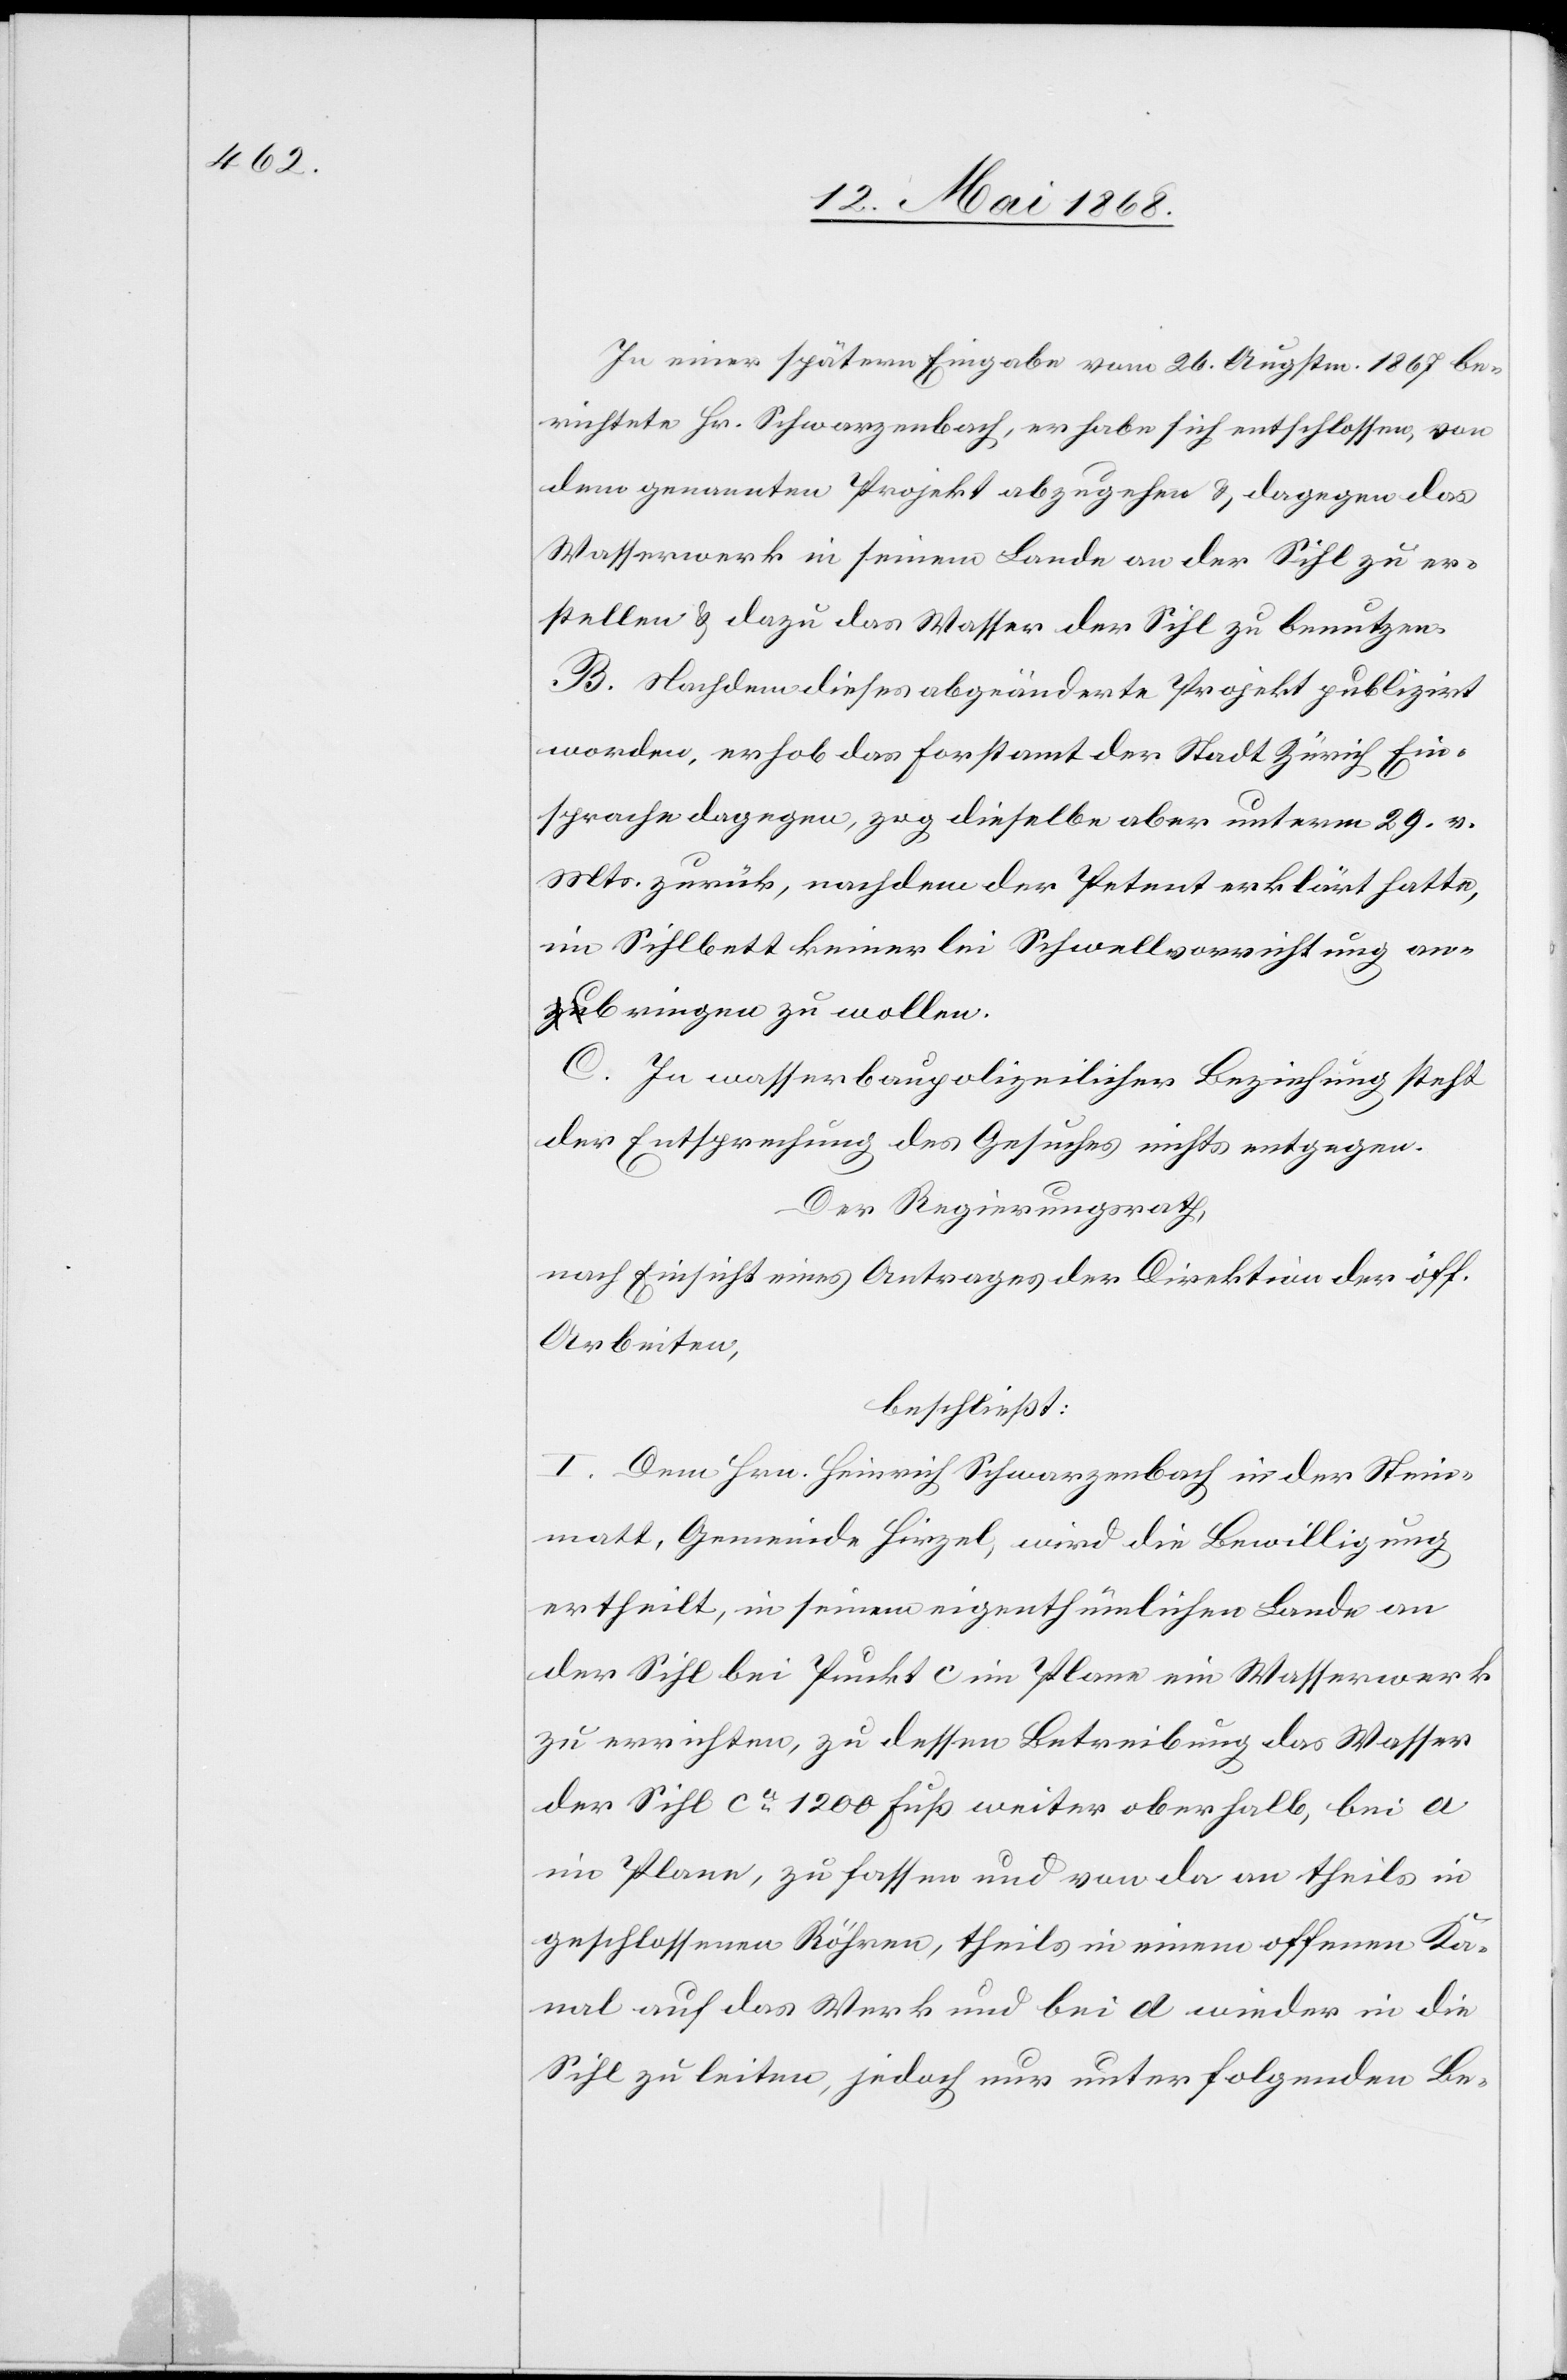
In einer spätern Eingabe vom 26. Augstm. 1867 be¬
richtete Hr. Schwarzenbach, er habe sich entschlossen, von
dem genannten Projekt abzugehen & dagegen das
Wasserwerk in seinem Lande an der Sihl zu er¬
stellen & dazu das Wasser der Sihl zu benutzen.
B. Nachdem dieses abgeänderte Projekt publizirt
worden, erhob das Forstamt der Stadt Zürich Ein¬
sprache dagegen, zog dieselbe aber unterm 29. v.
Mts. zurü[c]k, nachdem der Petent erklärt hatte,
im Sihlbett keinerlei Schwellvorrichtung an¬
bringen zu wollen.
C. In wasserbaupolizeilicher Beziehung steht
der Entsprechung des Gesuches nichts entgegen.
Der Regierungsrath,
nach Einsicht eines Antrages der Direktion der öff.
Arbeiten,
beschließt:
I. Dem Hrn. Heinrich Schwarzenbach in der Stein¬
matt, Gemeinde Hirzel, wird die Bewilligung
ertheilt, in seinem eigenthümlichen Lande an
der Sihl bei Punkt c im Plane ein Wasserwerk
zu errichten, zu dessen Betreibung das Wasser
der Sihl ca. 1200 Fuß weiter oberhalb, bei a
im Plane, zu fassen und von da an theils in
geschlossenen Röhren, theils in einem offenen Ka¬
nal auf das Werk und bei d wieder in die
Sihl zu leiten, jedoch nur unter folgenden Be-